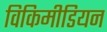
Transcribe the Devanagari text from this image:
विकिमीडियन